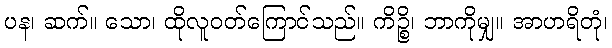
ပန၊ ဆက်။ သော၊ ထိုလူဝတ်ကြောင်သည်။ ကိဉ္စိ၊ ဘာကိုမျှ။ အာဟရိတုံ၊